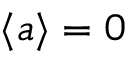
\langle a \rangle = 0